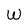
Character: W